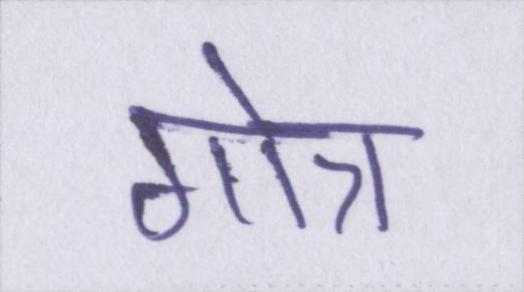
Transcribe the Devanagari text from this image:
गोत्र